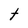
Character: t